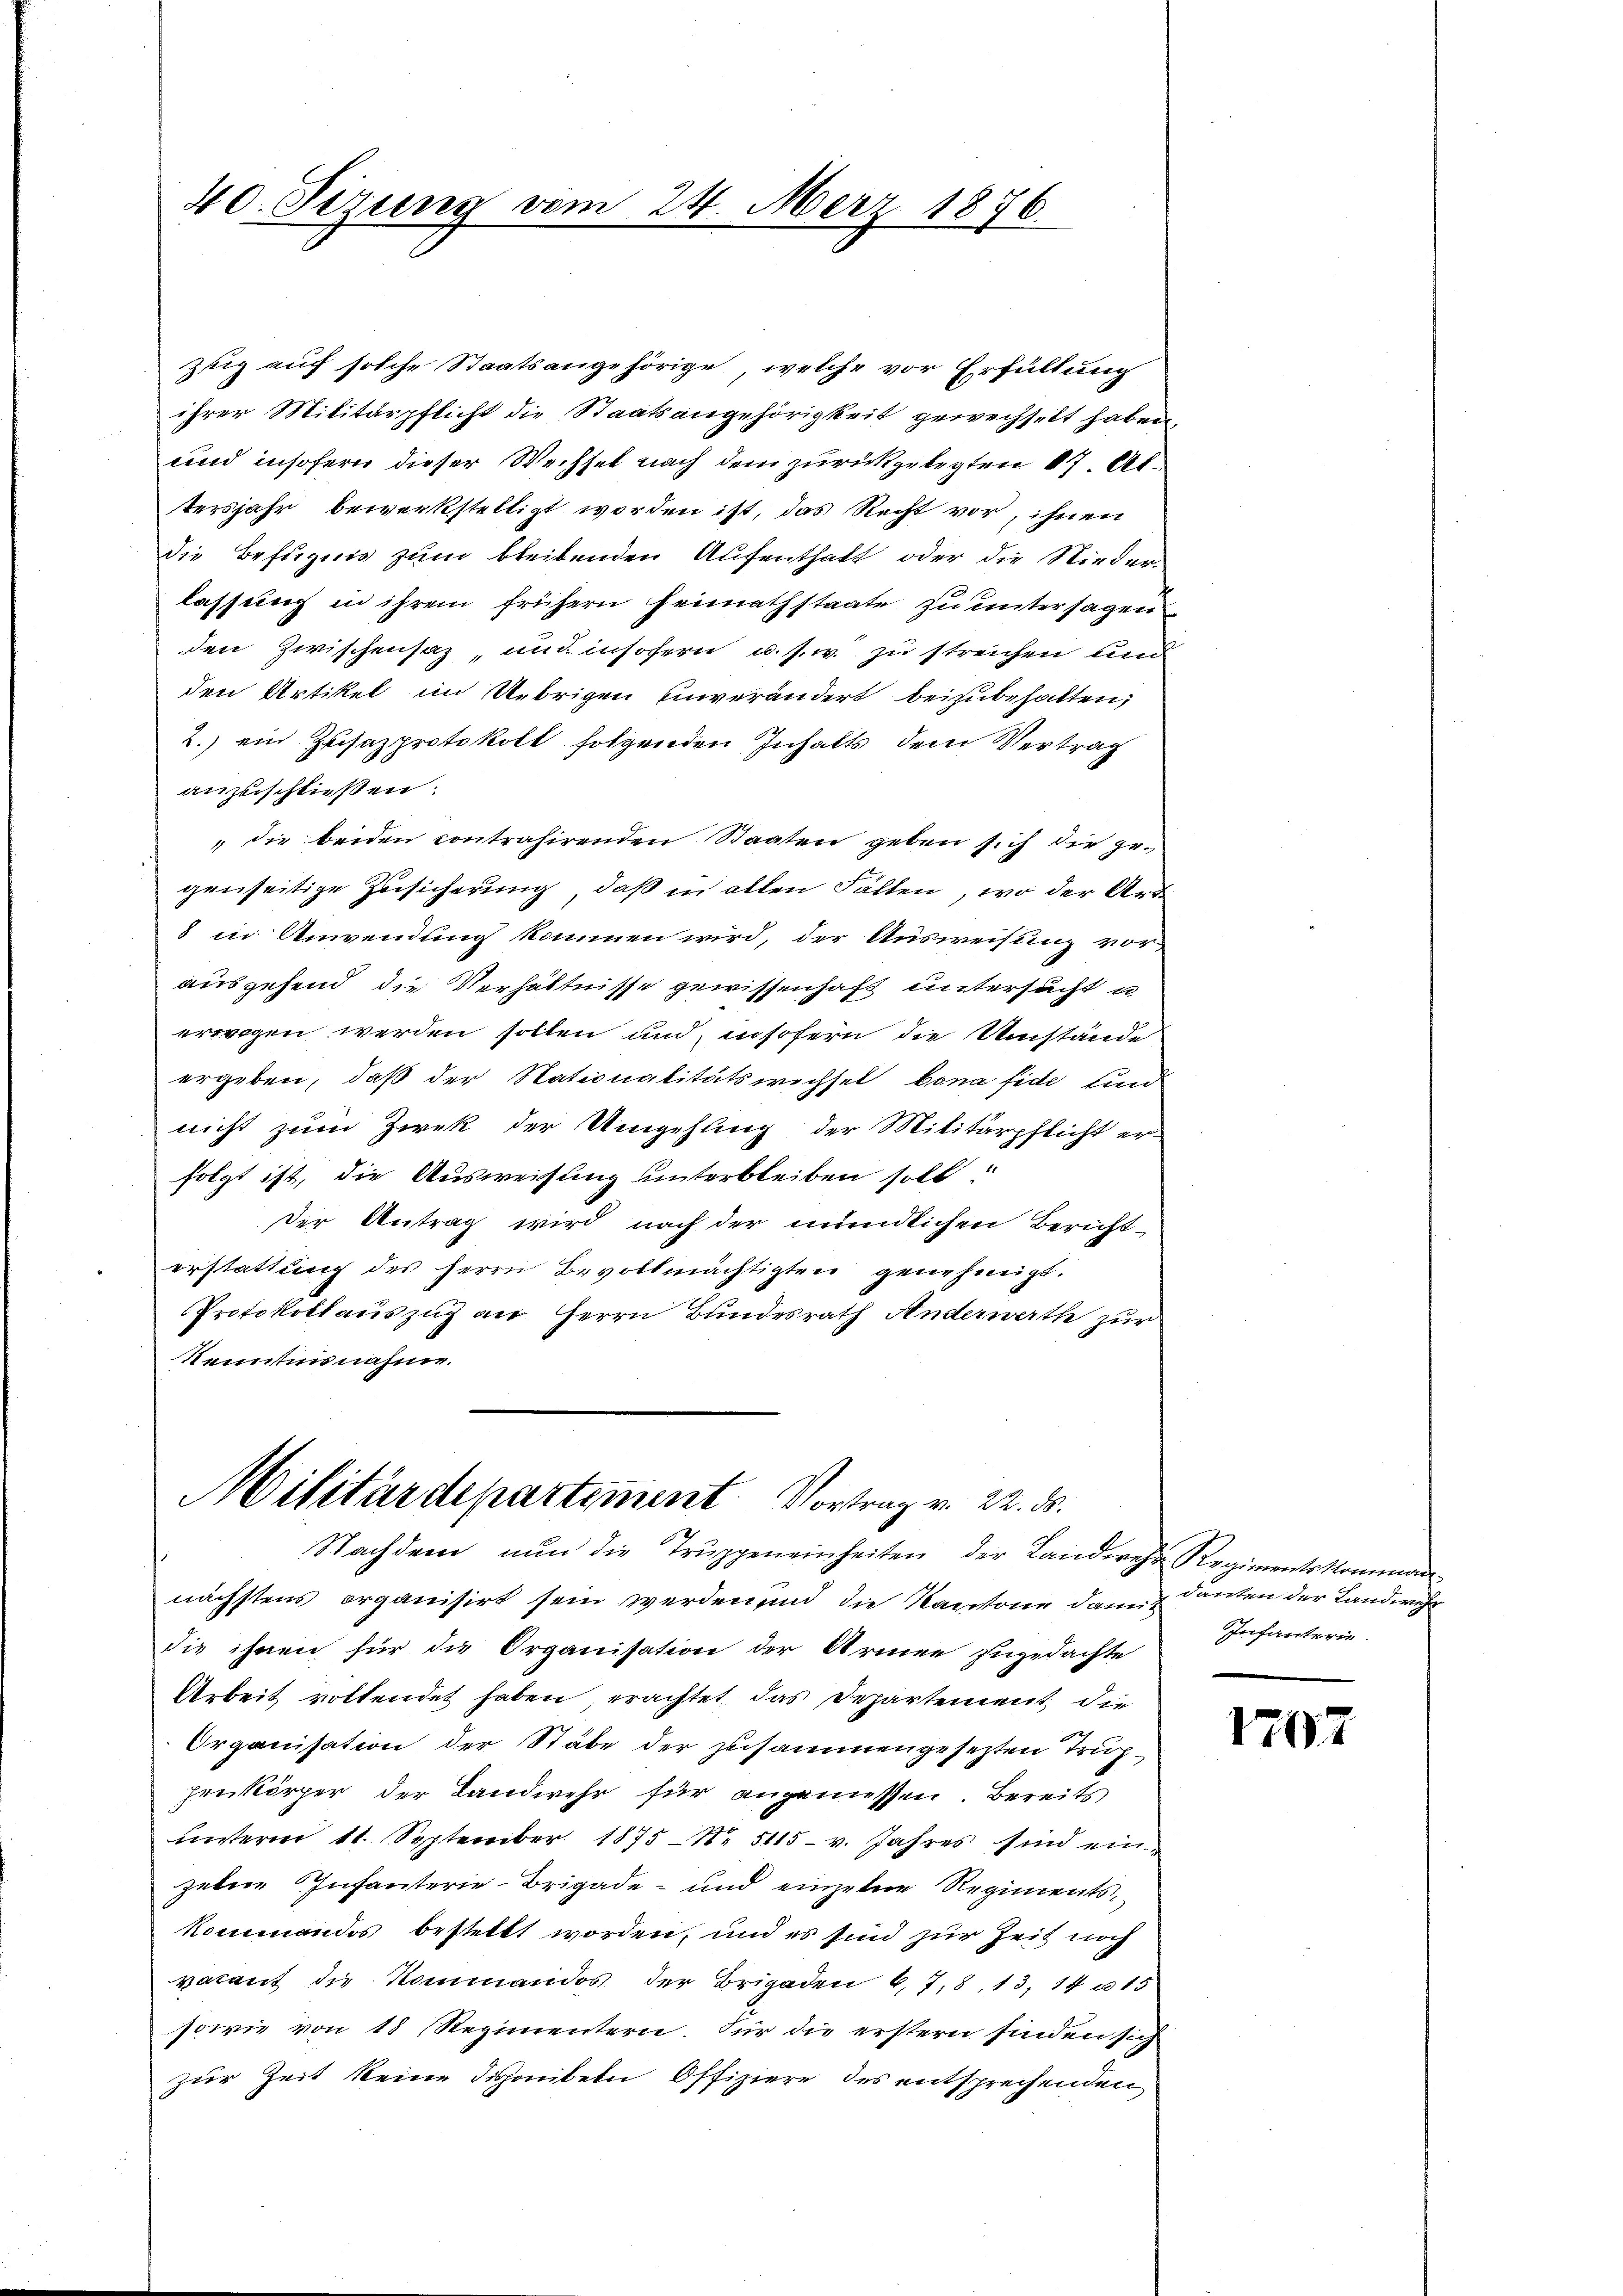
40. Sizung vom 24. März 1876.

zug auf solche Staatsangehörige, welche vor Erfüllung
ihrer Militärpflicht die Staatsangehörigkeit gewechselt haben,
und insofern dieser Wechsel nach dem zurückgelegten 17. Altersjahr bewerkstelligt worden ist, das Recht vor, ihnen
Die Befugnis zum bleibenden Aufenthalt oder die Niederlassung in ihrem frühern Heimathstaate zu untersagen
den Zwischensaz, und insofern u. s. w. zu streichen und
den Artikel im Uebrigen einverändert beizubehalten,
2.) ein Zusazprotokoll folgenden Inhalts dem Vertrag
anzuschließen:
" die beiden contrahirenden Staaten geben sich die gegenseitige Zusicherung, daß in allen Fällen, wo der Art
8 in Anwendung kommen wird, der Ausweisung vor-
ausgehend die Verhältnisse gewissenhaft untersucht u
erwegen werden sollen und insofern die Umstände
ergeben, daß der Nationalitätswechsel, bona fide sind
nicht zum Zwek der Umgehung der Militärpflicht erfolgt ist, die Ausweisung unterbleiben soll.
Der Antrag wird nach der mündlichen Bericht-
erstattung des Herrn Bevollmächtigten genehmigt.
Protokollauszug an Herrn Bundesrath Anderwerth zur
Kenntnisnahme.

Militärdepartement. Vortrag v. 22. ds.
Nachdem nŭn die Trŭppeneinheiten der Landwehr Regimentskommen-

nächstens organisirt sein werden und die Kantone dann & danken der Landwehr
die ihnen für die Organisation der Armen zugedachte
Arbeit vollendet haben, erachtet, das Departement die
Organisation der Stäbe der zusammengesezten Truphenkörper der Landwehr für angemessen. Bereits
unterm 11. September 1875 - N. 5115 v. Jahres sind einzelne Infanterie-Brigade- und einzelne Regimentskommandos bestellt worden, und es sind zur Zeit noch
vacant die Kommandos der Brigaden 6. 78. 13, 14 u. 15
sowie von 18 (Regimentern. Für die erstern finden sich
zur Zeit keine Schanken Offiziere des entsprechenden

Infanterie.

1707